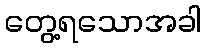
တွေ့ရသောအခါ